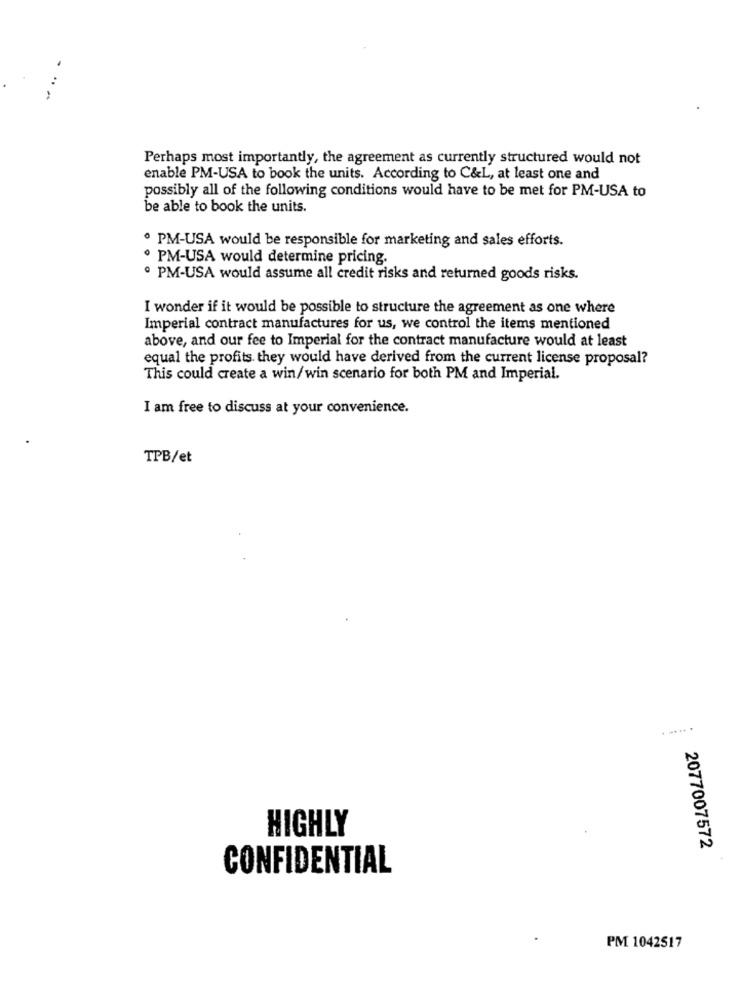
Perhaps most importantly, the agreement as currently structured would not
enable PM-USA to book the units. According to C&L, at least one and
possibly all of the following conditions would have to be met for PM-USA to
be able to book the units.
· PM-USA would be responsible for marketing and sales efforts.
· PM-USA would determine pricing.
· PM-USA would assume all credit risks and returned goods risks.
I wonder if it would be possible to structure the agreement as one where
Imperial contract manufactures for us, we control the items mentioned
above, and our fee to Imperial for the contract manufacture would at least
equal the profits. they would have derived from the current license proposal?
This could create a win/win scenario for both PM and Imperial.
I am free to discuss at your convenience.
TPB/et
.. ..... .
HIGHLY
2077007572
CONFIDENTIAL
PM 1042517